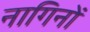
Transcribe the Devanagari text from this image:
नागिनों